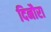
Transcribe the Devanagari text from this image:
दिनौरा